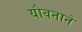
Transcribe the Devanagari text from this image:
यौवनाने